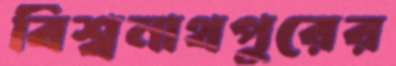
বিশ্বনাথপুরের